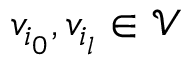
v _ { i _ { 0 } } , v _ { i _ { l } } \in \mathcal { V }